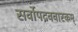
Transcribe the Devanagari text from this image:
सर्वोपद्रववारकम्